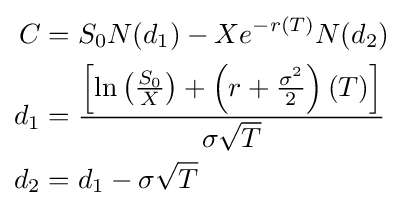
{\begin{aligned}C&=S_{0}N(d_{1})-Xe^{-r(T)}N(d_{2})\\d_{1}&={\frac {\left[\ln \left({\frac {S_{0}}{X}}\right)+\left(r+{\frac {\sigma ^{2}}{2}}\right)(T)\right]}{\sigma {\sqrt {T}}}}\\d_{2}&=d_{1}-\sigma {\sqrt {T}}\end{aligned}}